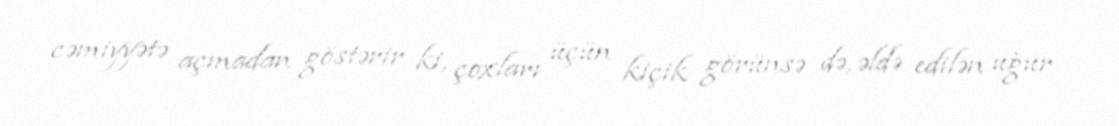
cəmiyyətə açmadan göstərir ki, çoxları üçün kiçik görünsə də, əldə edilən uğur